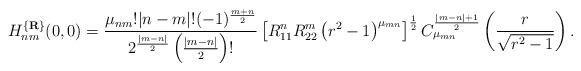
LaTeX: \begin{align*}H_{nm}^{\{{\bf R}\}}(0,0)=\frac {\mu_{nm}!|n-m|!(-1)^{\frac {m+n}2}}{2^{\frac {|m-n|}2}\left(\frac {|m-n|}2\right)!}\left[R_{11}^nR_{22}^m\left(r^2-1\right)^{\mu_{mn}}\right]^{\frac12}C_{\mu_{mn}}^{\frac {|m-n|+1}2}\left(\frac r{\sqrt {r^2-1}}\right).\end{align*}